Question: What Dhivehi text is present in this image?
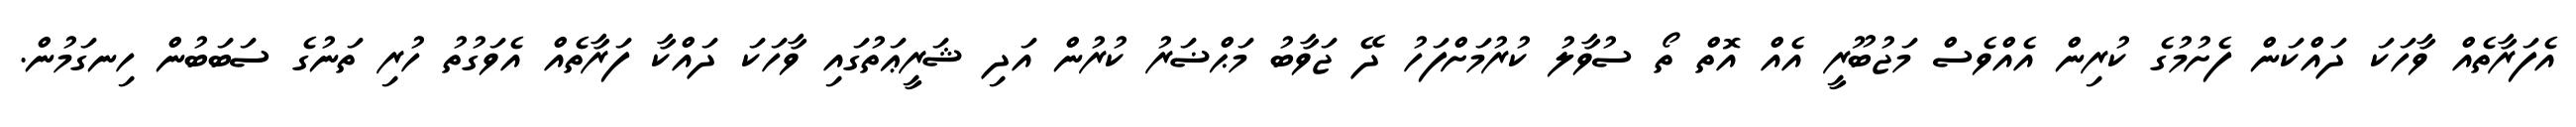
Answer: އެފަރާތެއް ވާހަކަ ދައްކަން ފެށުމުގެ ކުރިން އެއްވެސް މަޖުބޫރީ އެއް އޮތް ތޯ ސުވާލު ކުރުމަށްފަހު ދޭ ޖަވާބު މަޙްޟަރު ކުރުން އަދި ޝަރީޢަތުގައި ވާހަކަ ދައްކާ ފަރާތެއް އެވަގުތު ހުރި ތަނުގެ ސަބަބުން ހިނގަމުން.